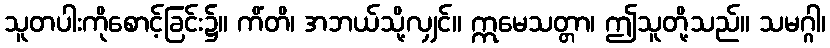
သူတပါးကိုစောင့်ခြင်း၌။ ကိံတိ၊ အဘယ်သို့လျှင်။ ဣမေသတ္တာ၊ ဤသူတို့သည်။ သမဂ္ဂါ၊